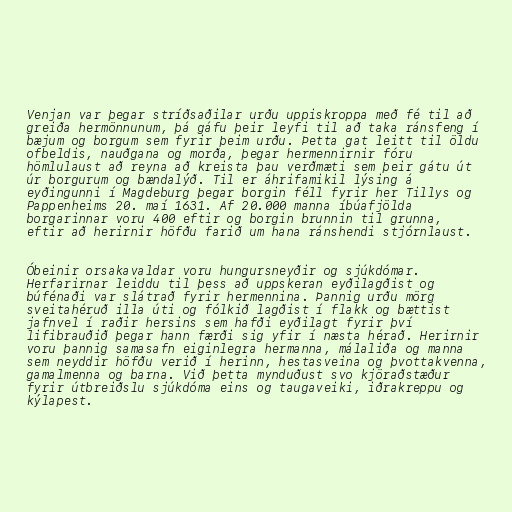
Venjan var þegar stríðsaðilar urðu uppiskroppa með fé til að
greiða hermönnunum, þá gáfu þeir leyfi til að taka ránsfeng í
bæjum og borgum sem fyrir þeim urðu. Þetta gat leitt til öldu
ofbeldis, nauðgana og morða, þegar hermennirnir fóru
hömlulaust að reyna að kreista þau verðmæti sem þeir gátu út
úr borgurum og bændalýð. Til er áhrifamikil lýsing á
eyðingunni í Magdeburg þegar borgin féll fyrir her Tillys og
Pappenheims 20. maí 1631. Af 20.000 manna íbúafjölda
borgarinnar voru 400 eftir og borgin brunnin til grunna,
eftir að herirnir höfðu farið um hana ránshendi stjórnlaust.

Óbeinir orsakavaldar voru hungursneyðir og sjúkdómar.
Herfarirnar leiddu til þess að uppskeran eyðilagðist og
búfénaði var slátrað fyrir hermennina. Þannig urðu mörg
sveitahéruð illa úti og fólkið lagðist í flakk og bættist
jafnvel í raðir hersins sem hafði eyðilagt fyrir því
lifibrauðið þegar hann færði sig yfir í næsta hérað. Herirnir
voru þannig samasafn eiginlegra hermanna, málaliða og manna
sem neyddir höfðu verið í herinn, hestasveina og þvottakvenna,
gamalmenna og barna. Við þetta mynduðust svo kjöraðstæður
fyrir útbreiðslu sjúkdóma eins og taugaveiki, iðrakreppu og
kýlapest.